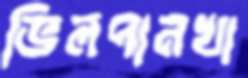
ভিলপানখা